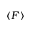
\left\langle F \right\rangle